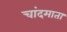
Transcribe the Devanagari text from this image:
चांदमाता